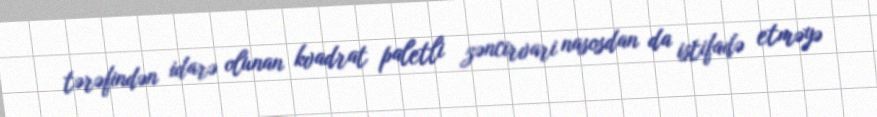
tərəfindən idarə olunan kvadrat paletli zəncirvari nasosdan da istifadə etməyə